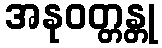
အနုဝတ္တန္တု